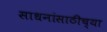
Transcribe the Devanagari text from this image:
साधनांसाठीच्या